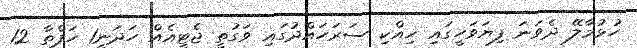
ހުޅުމާލޭ ދެވަނަ ފިޔަވަހީގައި ހިއްކި ސަރަހައްދުގައި ވަގުތީ ޖެޓީއެއް ހަދަނީ1 ހަފްތާ 12